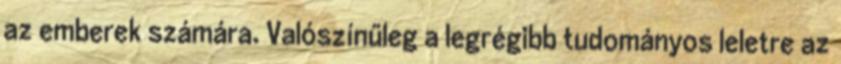
az emberek számára. Valószínűleg a legrégibb tudományos leletre az